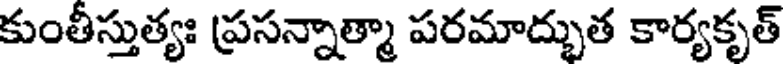
కుంతీస్తుత్యః ప్రసన్నాత్మా పరమాద్భుత కార్యకృత్